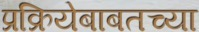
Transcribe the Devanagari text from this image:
प्रक्रियेबाबतच्या